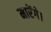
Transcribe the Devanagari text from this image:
मारेंगे।